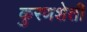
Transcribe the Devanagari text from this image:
कुरणशेती